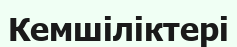
Кемшіліктері